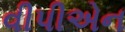
વીપીએન